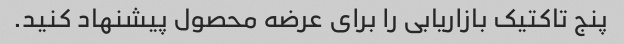
پنج تاکتیک بازاریابی را برای عرضه محصول پیشنهاد کنید.